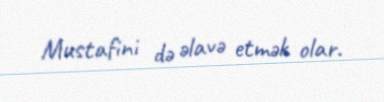
Mustafini də əlavə etmək olar.